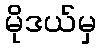
မိုဒယ်မှ